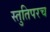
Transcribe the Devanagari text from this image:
स्तुतिपरच